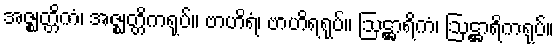
အဇ္ဈတ္တိကံ၊ အဇ္ဈတ္တိကရုပ်။ ဗာဟိရံ၊ ဗာဟိရရုပ်။ ဩဋ္ဌာရိကံ၊ ဩဋ္ဌာရိကရုပ်။